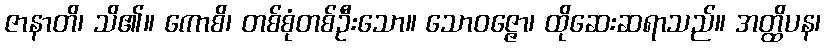
ဇာနာတိ၊ သိ၏။ ကောစိ၊ တစ်စုံတစ်ဦးသော။ သောဝဇ္ဇော၊ ထိုဆေးဆရာသည်။ အတ္ထိပန၊